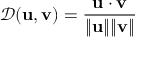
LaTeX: { \mathcal { D } } ( \mathbf { u } , \mathbf { v } ) = { \frac { \mathbf { u } \cdot \mathbf { v } } { \| \mathbf { u } \| \| \mathbf { v } \| } }